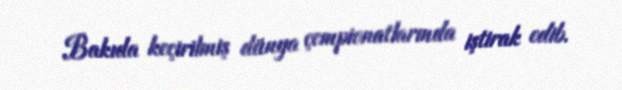
Bakıda keçirilmiş dünya çempionatlarında iştirak edib.